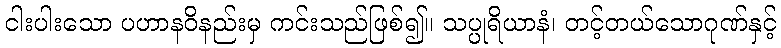
ငါးပါးသော ပဟာနဝိနည်းမှ ကင်းသည်ဖြစ်၍။ သပ္ပုရိယာနံ၊ တင့်တယ်သောဂုဏ်နှင့်